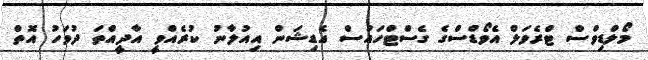
މޯލްޑިވްސް ޓްރެވަލް އެވޯޑްސްގެ ގެސްޓްހައުސް އެޑިޝަން އިއުލާނު ކުރެއްވީ އާދީއްތަ ދުވަހު އޮތް